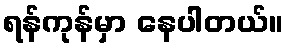
ရန်ကုန်မှာ နေပါတယ်။